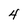
Character: 4